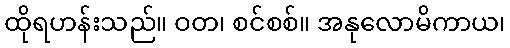
ထိုရဟန်းသည်။ ဝတ၊ စင်စစ်။ အနုလောမိကာယ၊